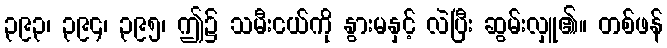
၃၉၃၊ ၃၉၄၊ ၃၉၅၊ ဤ၌ သမီးငယ်ကို နွားမနှင့် လဲပြီး ဆွမ်းလှူ၏။ တစ်ဖန်